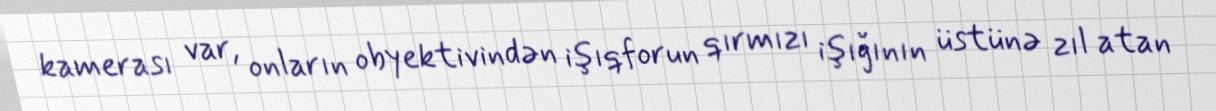
kamerası var, onların obyektivindən işıqforun qırmızı işığının üstünə zıl atan